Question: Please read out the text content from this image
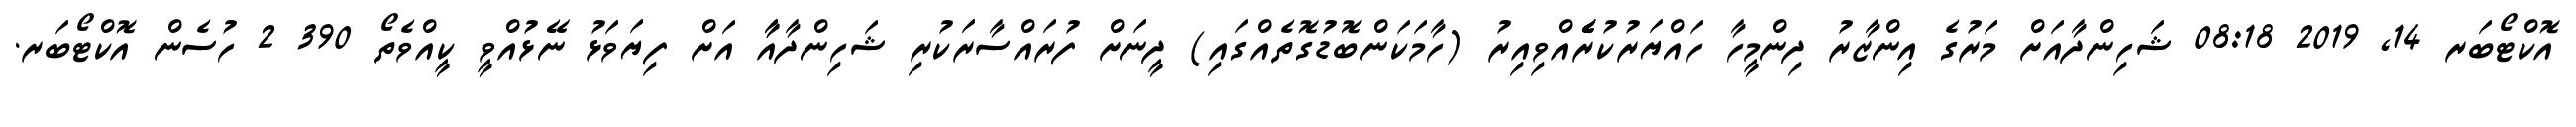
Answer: އޮކްޓޯބަރ 14, 2019 08:18 ޝަހިންދާއަށް މަރުގެ އިންޒާރު ދިންމީހާ ހައްޔަރުކުރެެެެެއްވިއިރު (ހާމަކަންބޮޑުގޮތެއްގައި) ދީނަށް ފުރައްސާރަކުރި ޝަހިންދާއާާ އަށް ފިޔަވަޅު ނޭޅުއްވީ ކީއްވެތޯ 390 2 ހުސެން އޮކްޓޯބަރ.